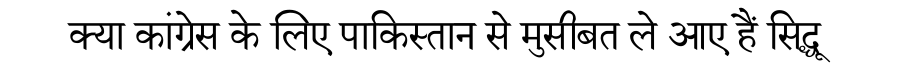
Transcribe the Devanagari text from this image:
क्या कांग्रेस के लिए पाकिस्तान से मुसीबत ले आए हैं सिद्धू